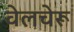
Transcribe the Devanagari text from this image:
वेलचेरू